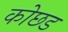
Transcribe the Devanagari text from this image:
कोछड